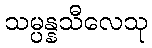
သမ္ပန္နသီလေသု